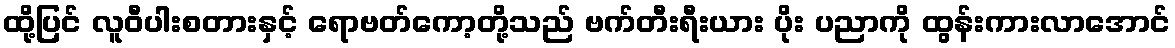
ထို့ပြင် လူဝီပါးစတားနှင့် ရောဗတ်ကော့တို့သည် ဗက်တီးရီးယား ပိုး ပညာကို ထွန်းကားလာအောင်